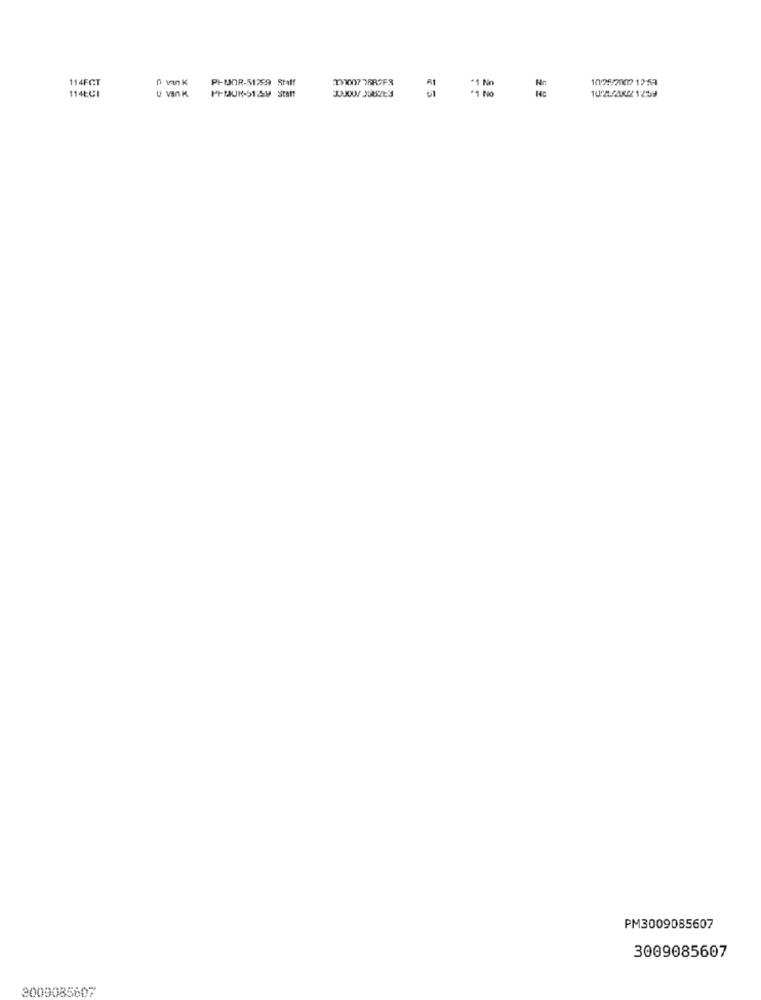
114FCT
1095/2000 12:53
114ECI
U VIN K.
PI-MUN-51:59 Stent
PI-MOR-51259 Staff
*1 Nin
PM3009085607
3009085607
3009085697